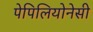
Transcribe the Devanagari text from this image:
पेपिलियोनेसी